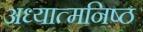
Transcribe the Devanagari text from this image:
अध्यात्मनिष्ठ